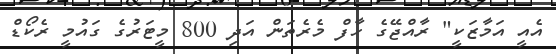
އެއީ އަމާޒަކީ" ރާއްޖޭގެ ހާފް މެރެތަން އަދި 800 މީޓަރުގެ ގައުމީ ރެކޯޑް